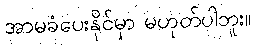
အာမခံပေးနိုင်မှာ မဟုတ်ပါဘူး။